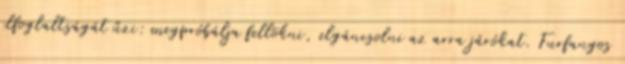
elfoglaltságát űzi: megpróbálja fellökni, elgáncsolni az arra járókat. Furfangos